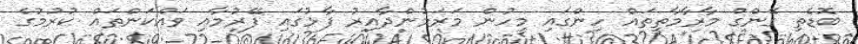
ބޮޑެތި ގޭންގް މާރާމާތީތައް ހިންގައި މީހުން މަރަމުންދާއިރު ފާޅުގައި ފޭރުމާއި ވައްކަންތައް ކުރުމުގެ